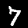
Digit: 7